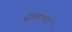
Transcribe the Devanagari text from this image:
संगमाचा